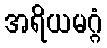
အရိယမဂ္ဂံ